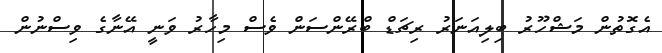
އެގޮތުން މަޝްހޫރު ބިލިއަނަރު ރިޗަޑް ބްރޭންސަން ވެސް މިހާރު ވަނީ އޭނާގެ ވިސްނުން